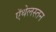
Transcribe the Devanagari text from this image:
ऍथेलस्तन